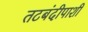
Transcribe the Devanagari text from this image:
तटबंदीपाशी